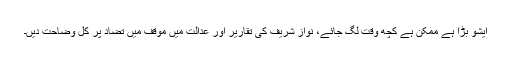
ایشو بڑا ہے ممکن ہے کچھ وقت لگ جائے، نواز شریف کی تقاریر اور عدالت میں موقف میں تضاد پر کل وضاحت دیں۔